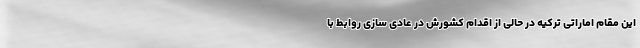
این مقام اماراتی ترکیه در حالی از اقدام کشورش در عادی سازی روابط با